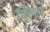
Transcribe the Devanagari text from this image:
क्‍िलप